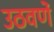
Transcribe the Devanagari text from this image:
उठवणें